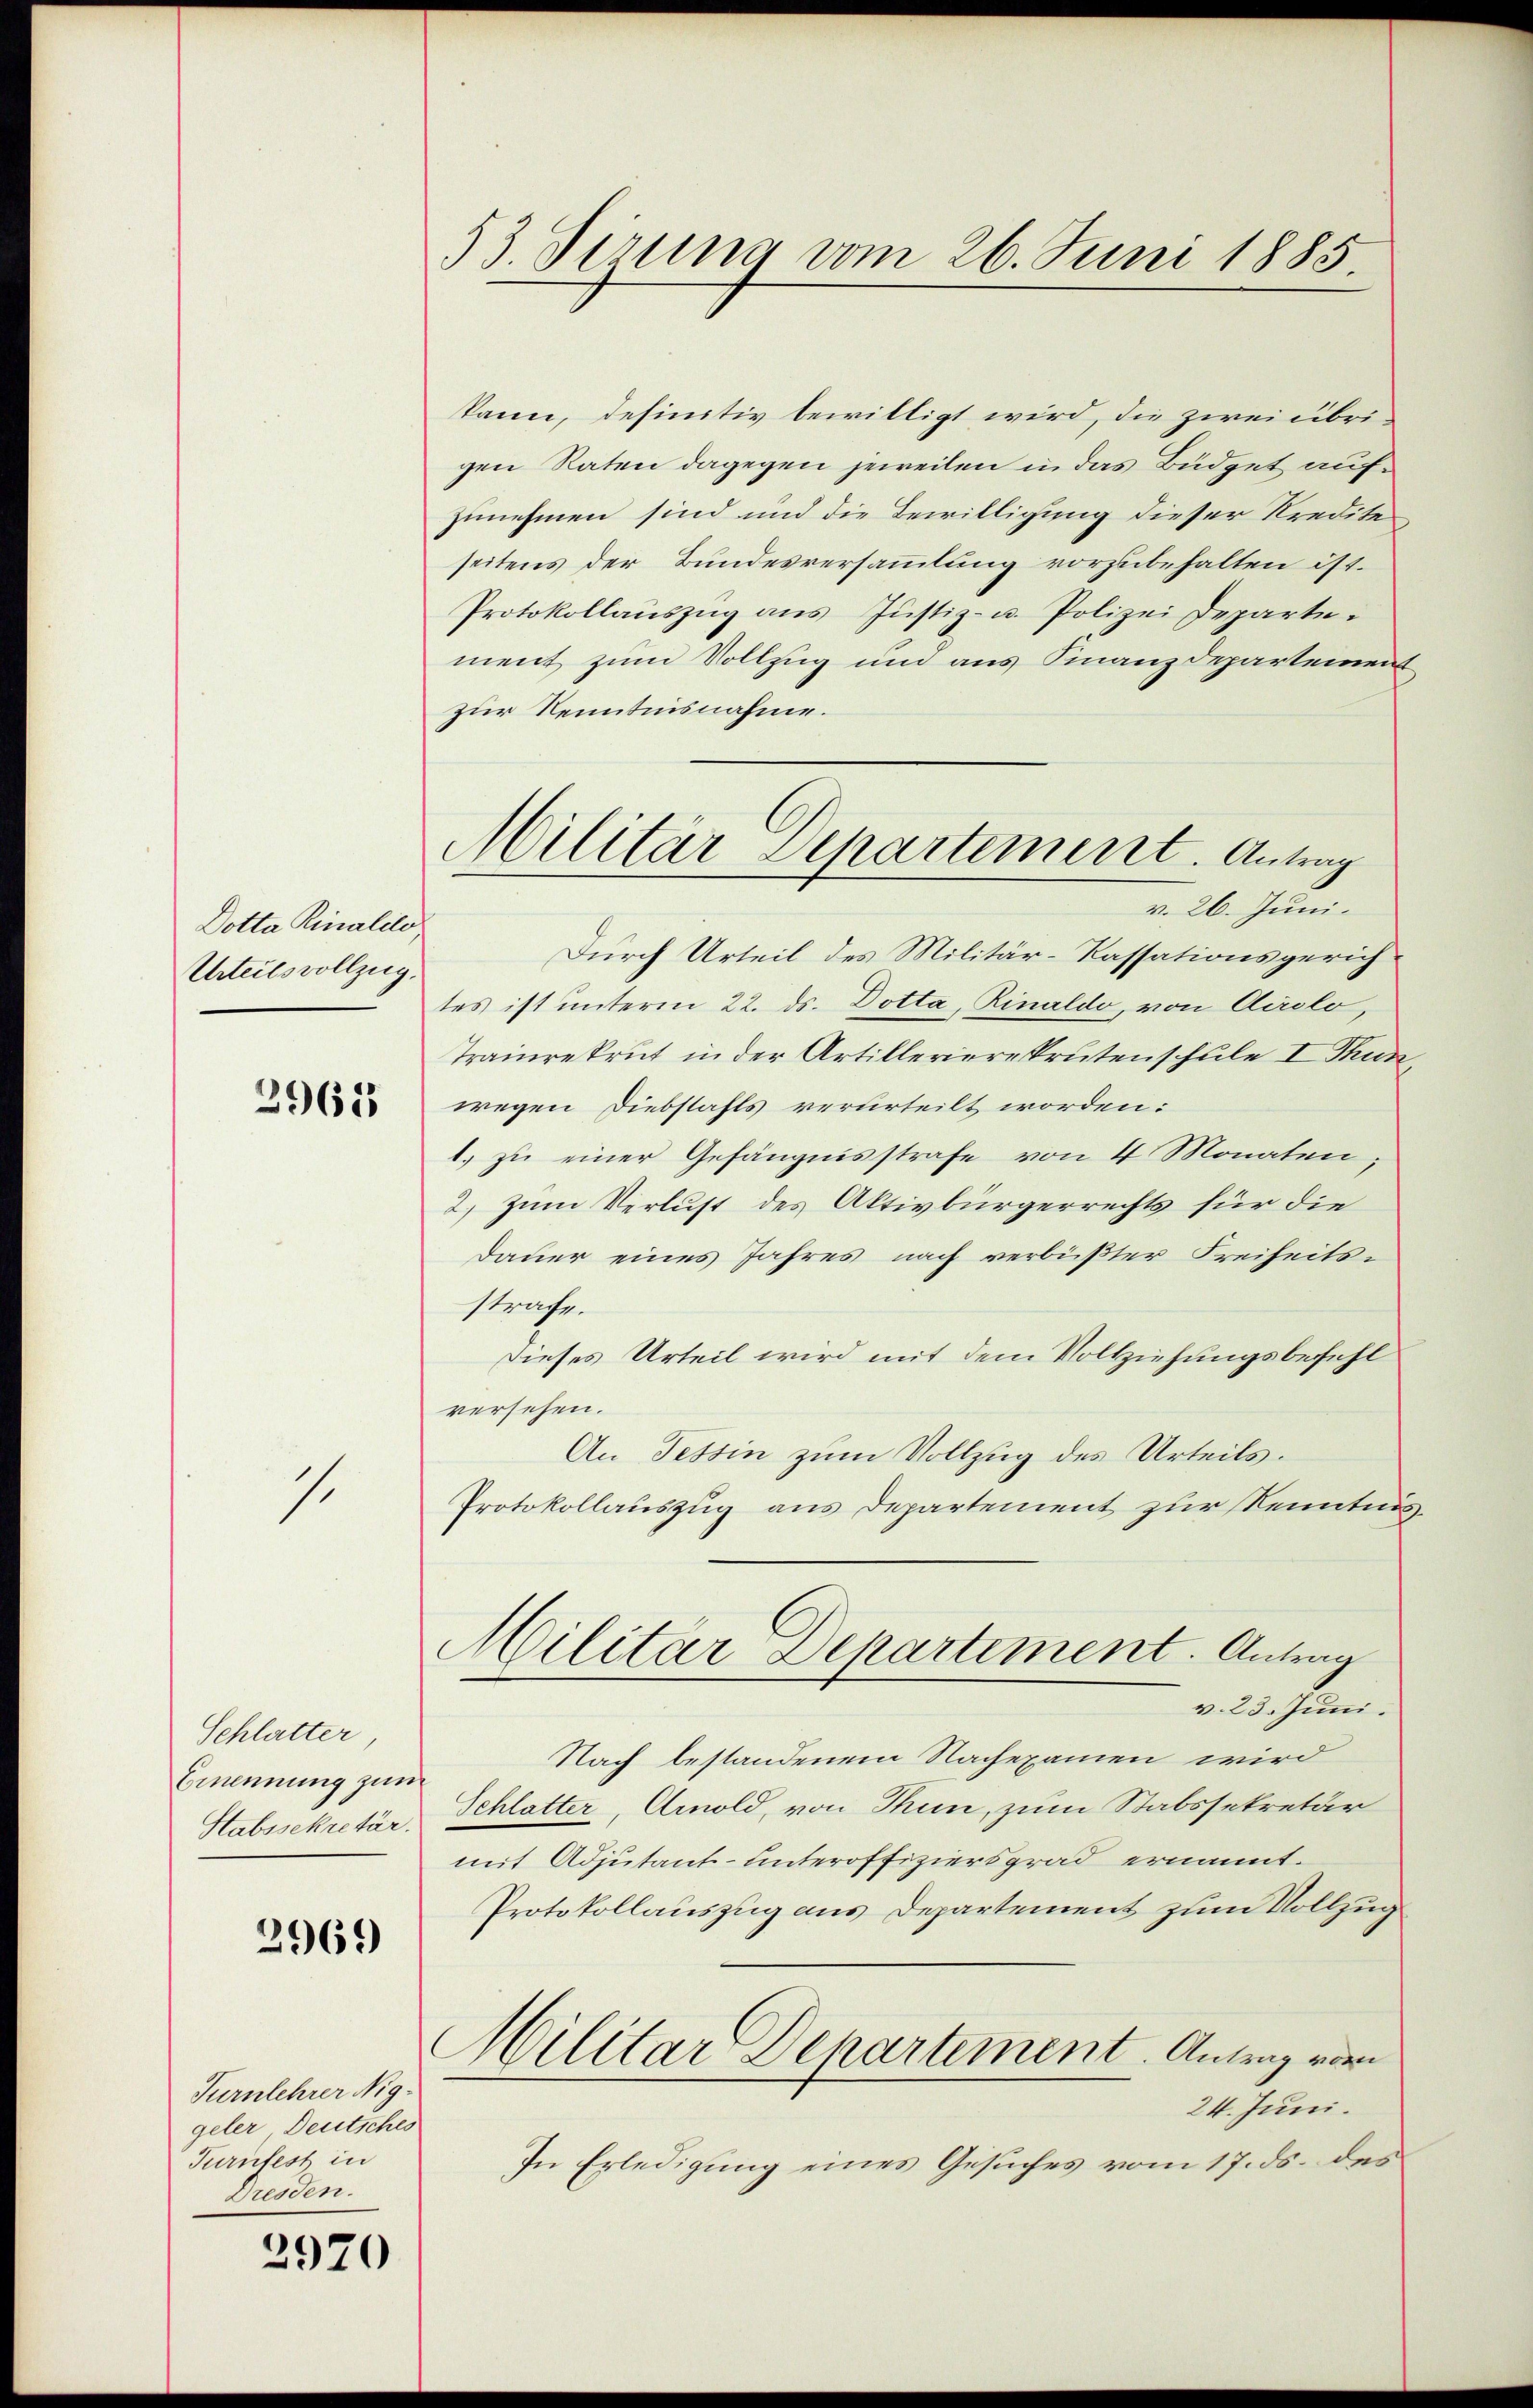
Dotta Rinalito
Urteilsvollzug.

2965

1.

Schlatter,
Ernennung zum
Stabssekretär.

2969

Turnlehrer Niggeler Deutsches
Turnfest in
Dresden.

2920

53. Sirung vom 26. Juni 1885.

kann, definitiv bewilligt wird, die zwei übrigen Raten dagegen jeweilen in das Büdget aufzunehmen sind und die Bewilligung dieser Kredite
seitens der Bundesversammlung vorzubehalten ist.
Protokollaŭszŭg ans Justiz- u. Polizei Departement zum Vollzug und aus Finanzdepartement
zur Kenntnisnahme.
Durch Urteil des Militär-Kassationsgerichtes ist unterm 22. ds. Dotta, Rinaldo, von Airolo,
Trainrekrut in der Artillerierekrutenschule I Thun,
wegen Diebstahls verurteilt worden:
1. zu einer Gefängnisstrafe von 4 Monaten;
2) zum Verlust des Aktivbürgerrechts für die
Dauer eines Jahres nach verbüßter Freiheitsstrafe.
Dieses Urteil wird mit dem Vollziehungsbefehl
versehen.
An Tessin zum Vollzug des Urteils.
Protokollauszug aus Departement zur Kenntnis¬
Militar Departement. Antrag
v. 23. Juni.
Nach bestandenem Nachexamen wird
Schlatter, Arnold, von Thun, zum Stabssekretär
mit Adjutant- unteroffiziersgrad ernannt.
Protokollauszug aus Departement zum Vollzug
Militar Departement. Antrag vor
24. Juni.
In Erledigung eines Gesuches vom 17. ds. des

Militär Departement. Antrag
v. 26. Juni.